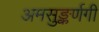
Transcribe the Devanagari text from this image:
अमसुङ्कर्णगी